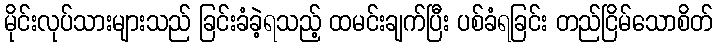
မိုင်းလုပ်သားများသည် ခြင်းခံခဲ့ရသည့် ထမင်းချက်ပြီး ပစ်ခံရခြင်း တည်ငြိမ်သောစိတ်